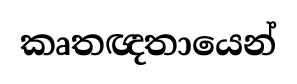
කෘතඥතායෙන්